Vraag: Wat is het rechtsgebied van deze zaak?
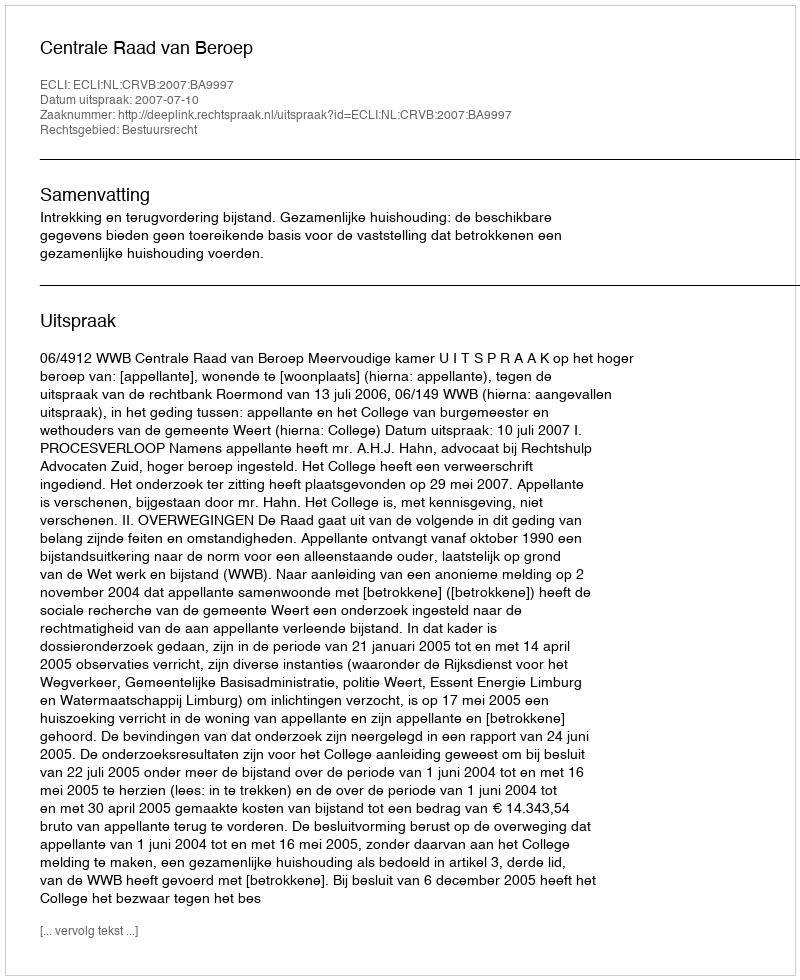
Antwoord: Bestuursrecht